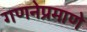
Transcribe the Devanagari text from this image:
गणनेप्रमाणे